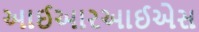
આઈઆરઆઈએસ